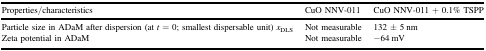
| Properties/characteristics | CuO NNV-011 | CuO NNV-011 + 0.1% TSPP |
 | --- | --- | --- |
 | Particle size in ADaM after dispersion (at t = 0; smallest dispersable unit) xDLS | Not measurable | 132 ± 5 nm |
 | Zeta potential in ADaM | Not measurable | −64 mV |